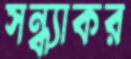
সন্ধ্যাকর